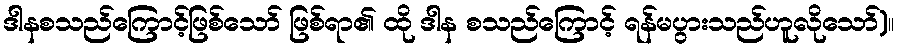
ဒါနစသည်ကြောင့်ဖြစ်သော် ဖြစ်ရာ၏ ထို ဒါန စသည်ကြောင့် ရန်မပွားသည်ဟူလိုသော်)။